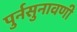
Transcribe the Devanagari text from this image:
पुर्नसुनावणी